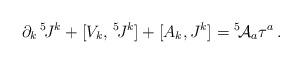
LaTeX: \begin{align*}\partial_k\,{}^5\!J^k+[V_k,\,{}^5\!J^k] +[A_k,J^k]={}^5\!{\cal A}_a\tau^a\:.\end{align*}